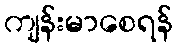
ကျန်းမာစေရန်